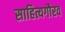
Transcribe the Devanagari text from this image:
साहित्यगौरव